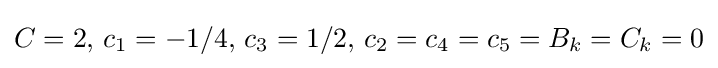
C=2,\,c_{1}=-1/4,\,c_{3}=1/2,\,c_{2}=c_{4}=c_{5}=B_{k}=C_{k}=0